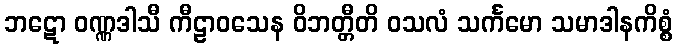
ဘဋော ဝဏ္ဏဒါသီ ကီဠာဝသေန ဝိဘတ္တီတိ ဝသလံ သင်္ကမော သမာဒါနကိစ္စံ